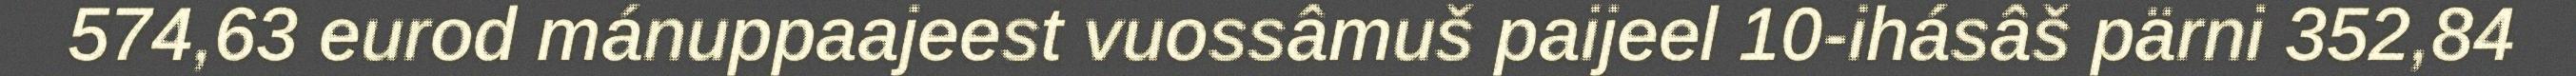
574,63 eurod mánuppaajeest vuossâmuš paijeel 10-ihásâš pärni 352,84